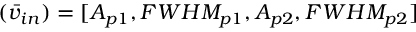
( \bar { v } _ { i n } ) = [ A _ { p 1 } , F W H M _ { p 1 } , A _ { p 2 } , F W H M _ { p 2 } ]